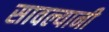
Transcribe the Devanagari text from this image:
सावल्यानी